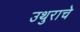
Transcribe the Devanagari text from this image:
उथुराचे